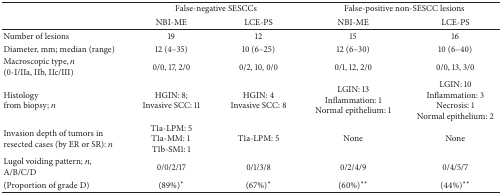
<table><thead><tr><td><b> </b></td><td colspan="2"><b>False-negative SESCCs </b></td><td colspan="2"><b>False-positive non-SESCC lesions</b></td></tr><tr><td><b> </b></td><td><b>NBI-ME</b></td><td><b>LCE-PS</b></td><td><b> NBI-ME</b></td><td><b>LCE-PS</b></td></tr></thead><tbody><tr><td>Number of lesions</td><td>19</td><td>12</td><td> 15</td><td>16</td></tr><tr><td>Diameter, mm; median (range)</td><td>12 (4–35)</td><td>10 (6–25)</td><td> 12 (6–30)</td><td>10 (6–40)</td></tr><tr><td>Macroscopic type, <i>n</i>(0-I/IIa, IIb, IIc/III)</td><td>0/0, 17, 2/0</td><td>0/2, 10, 0/0</td><td> 0/1, 12, 2/0</td><td>0/0, 13, 3/0</td></tr><tr><td>Histologyfrom biopsy; <i>n</i></td><td>HGIN: 8;Invasive SCC: 11</td><td>HGIN: 4Invasive SCC: 8</td><td> LGIN: 13 Inflammation: 1 Normal epithelium: 1</td><td>LGIN: 10Inflammation: 3Necrosis: 1Normal epithelium: 2</td></tr><tr><td>Invasion depth of tumors in resected cases (by ER or SR): <i>n</i></td><td>T1a-LPM: 5T1a-MM: 1 T1b-SM1: 1</td><td>T1a-LPM: 5</td><td> None</td><td>None</td></tr><tr><td>Lugol voiding pattern; <i>n</i>, A/B/C/D </td><td>0/0/2/17 </td><td>0/1/3/8</td><td> 0/2/4/9</td><td>0/4/5/7</td></tr><tr><td>(Proportion of grade D)</td><td> (89%)<sup><i>∗</i></sup></td><td>(67%)<sup><i>∗</i></sup></td><td>(60%)<sup><i>∗∗</i></sup></td><td>(44%)<sup><i>∗∗</i></sup></td></tr></tbody></table>